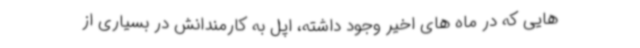
هایی که در ماه های اخیر وجود داشته، اپل به کارمندانش در بسیاری از